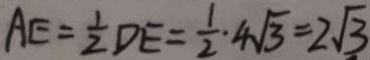
A E = \frac { 1 } { 2 } D E = \frac { 1 } { 2 } \cdot 4 \sqrt { 3 } = 2 \sqrt { 3 }